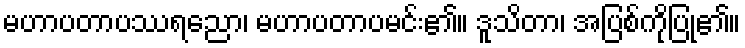
မဟာပတာပဿရညော၊ မဟာပတာပမင်း၏။ ဒူသိတာ၊ အပြစ်ကိုပြု၏။